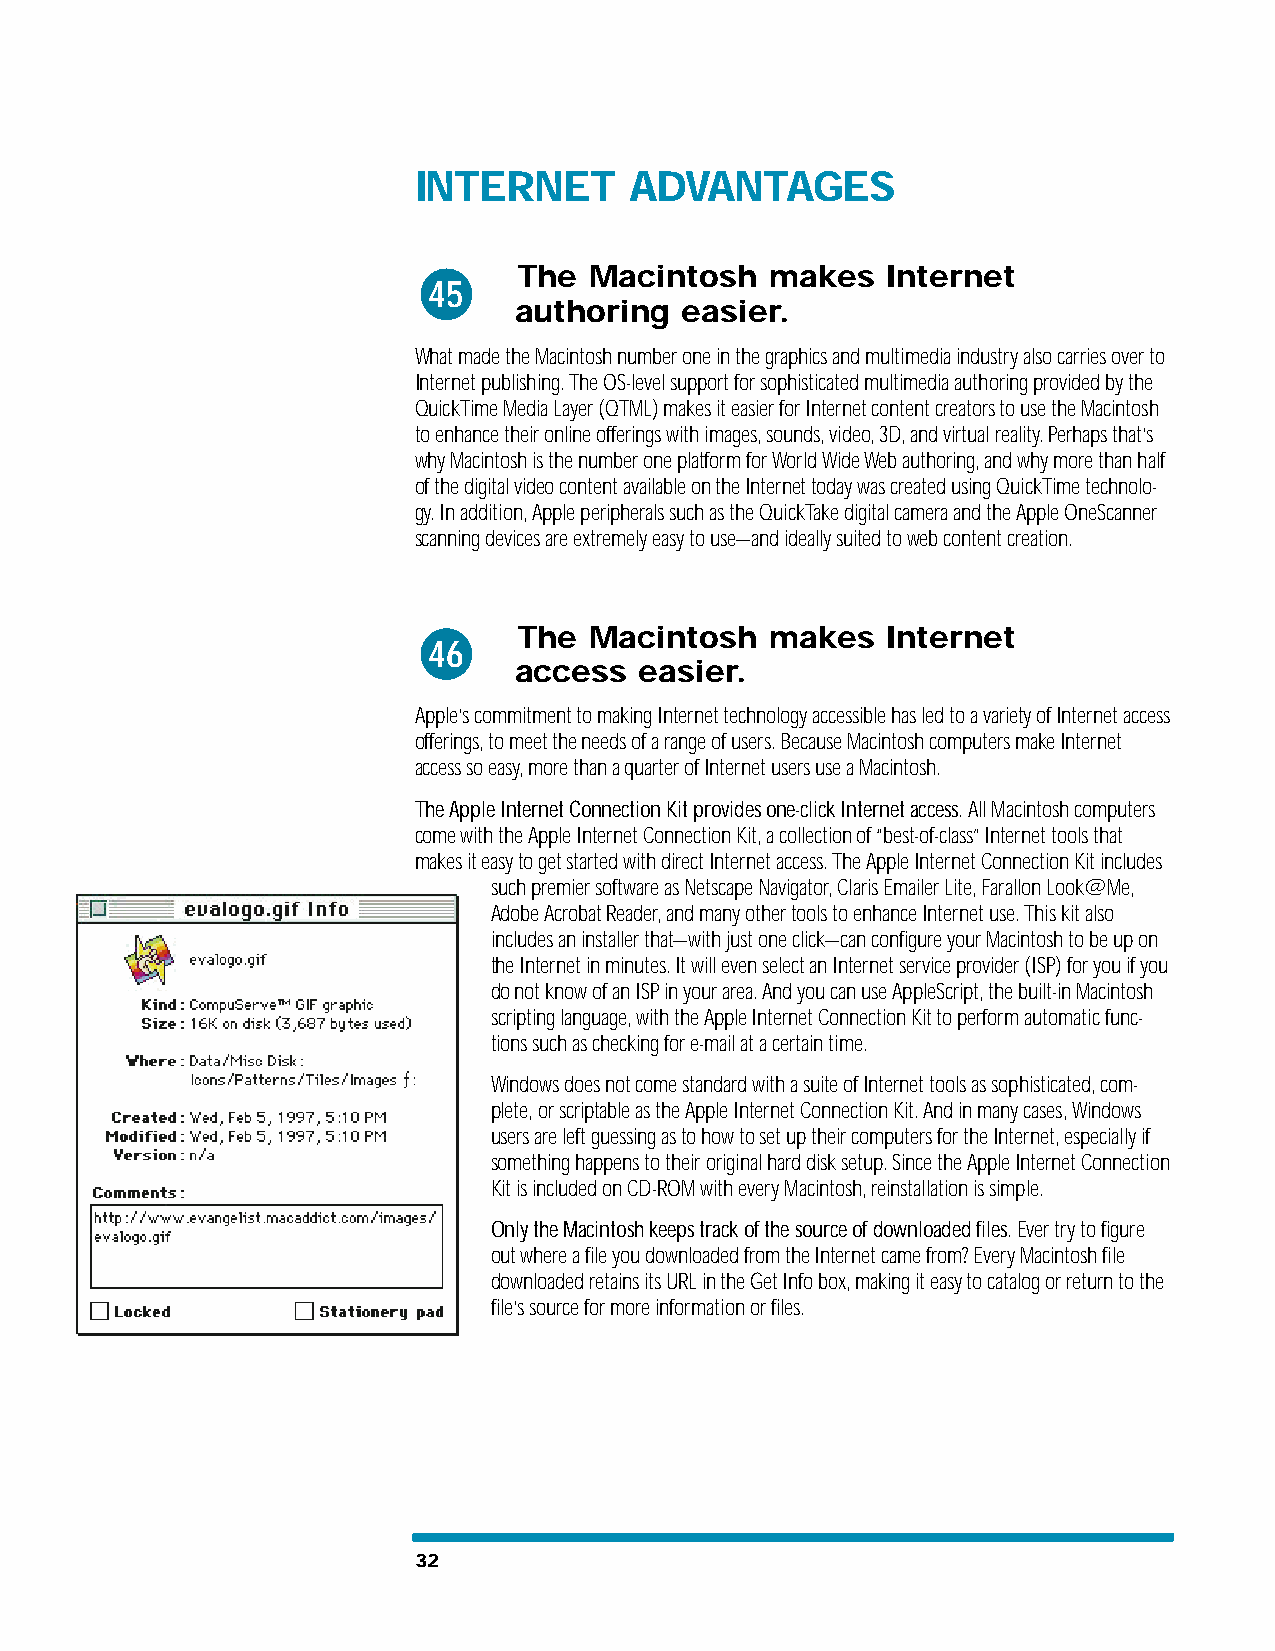
INTERNET       ADVANTAGES
 The  Macintosh   makes   Internet
 45
 authoring  easier.
 What made the Macintosh number one in the graphics and multimedia industry also carries over to
 Internet publishing. The OS-level support for sophisticated multimedia authoring provided by the
 QuickTime Media Layer (QTML) makes it easier for Internet content creators to use the Macintosh
 to enhance their online offerings with images, sounds, video, 3D, and virtual reality. Perhaps that’s
 why Macintosh is the number one platform for World Wide Web authoring, and why more than half
 of the digital video content available on the Internet today was created using QuickTime technolo-
 gy. In addition, Apple peripherals such as the QuickTake digital camera and the Apple OneScanner
 scanning devices are extremely easy to use—and ideally suited to web content creation.
 The  Macintosh   makes   Internet
 46
 access  easier.
 Apple’s commitment to making Internet technology accessible has led to a variety of Internet access
 offerings, to meet the needs of a range of users. Because Macintosh computers make Internet
 access so easy, more than a quarter of Internet users use a Macintosh.
 The Apple Internet Connection Kit provides one-click Internet access. All Macintosh computers
 come with the Apple Internet Connection Kit, a collection of “best-of-class” Internet tools that
 makes it easy to get started with direct Internet access. The Apple Internet Connection Kit includes
 such premier software as Netscape Navigator, Claris Emailer Lite, Farallon Look@Me,
 Adobe Acrobat Reader, and many other tools to enhance Internet use. This kit also
 includes an installer that—with just one click—can configure your Macintosh to be up on
 the Internet in minutes. It will even select an Internet service provider (ISP) for you if you
 do not know of an ISP in your area. And you can use AppleScript, the built-in Macintosh
 scripting language, with the Apple Internet Connection Kit to perform automatic func-
 tions such as checking for e-mail at a certain time.
 Windows does not come standard with a suite of Internet tools as sophisticated, com-
 plete, or scriptable as the Apple Internet Connection Kit. And in many cases, Windows
 users are left guessing as to how to set up their computers for the Internet, especially if
 something happens to their original hard disk setup. Since the Apple Internet Connection
 Kit is included on CD-ROM with every Macintosh, reinstallation is simple.
 Only the Macintosh keeps track of the source of downloaded files. Ever try to figure
 out where a file you downloaded from the Internet came from? Every Macintosh file
 downloaded retains its URL in the Get Info box, making it easy to catalog or return to the
 file’s source for more information or files.
 32